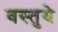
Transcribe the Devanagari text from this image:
वस्तुये